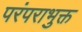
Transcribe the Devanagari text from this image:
परंपराभुक्त